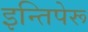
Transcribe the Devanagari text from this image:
इन्तिपेरू